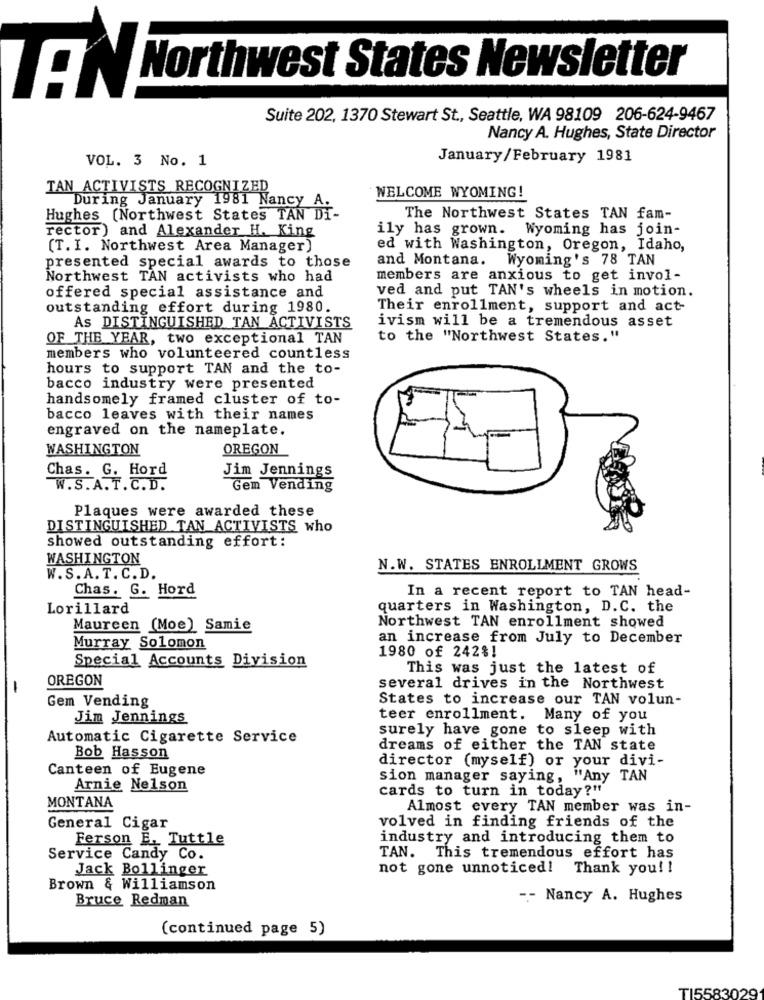
Northwest States Newsletter
TEN
Suite 202, 1370 Stewart St ., Seattle, WA 98109 206-624-9467
Nancy A. Hughes, State Director
VOL. 3 No. 1
January/February 1981
TAN ACTIVISTS RECOGNIZED
WELCOME WYOMING!
During January 1981 Nancy A.
Hughes (Northwest States TAN DI
The Northwest States TAN fam-
rector) and Alexander H. King
ily has grown. Wyoming has join-
(T. I. Northwest Area Manager)
ed with Washington, Oregon, Idaho,
presented special awards to those
and Montana. Wyoming's 78 TAN
Northwest TAN activists who had
members are anxious to get invol-
ved and put TAN's wheels in motion.
offered special assistance and
outstanding effort during 1980.
Their enrollment, support and act-
As DISTINGUISHED TAN ACTIVISTS
ivism will be a tremendous asset
OF THE YEAR, two exceptional TAN
to the "Northwest States."
members who volunteered countless
hours to support TAN and the to-
bacco industry were presented
handsomely framed cluster of to-
bacco leaves with their names
engraved on the nameplate.
WASHINGTON
OREGON
Chas. G. Hord
Jim Jennings
W.S.A.T.C.D.
Gem Vending
Plaques were awarded these
DISTINGUISHED TAN ACTIVISTS who
showed outstanding effort:
WASHINGTON
N.W. STATES ENROLLMENT GROWS
W. S. A. T. C. D.
Chas. G. Hord
In a recent report to TAN head-
Lorillard
quarters in Washington, D.C. the
Maureen (Moe) Samie
Northwest TAN enrollment showed
an increase from July to December
Murray Solomon
Special Accounts Division
1980 of 242%!
This was just the latest of
OREGON
-
several drives in the Northwest
States to increase our TAN volun-
Gem Vending
Jim Jennings
teer enrollment. Many of you
surely have gone to sleep with
Automatic Cigarette Service
dreams of either the TAN state
Bob Hasson
director (myself) or your divi-
Canteen of Eugene
sion manager saying, "Any TAN
Arnie Nelson
cards to turn in today?"
MONTANA
Almost every TAN member was in-
General Cigar
volved in finding friends of the
Ferson E. Tuttle
industry and introducing them to
Service Candy Co.
TAN. This tremendous effort has
Jack Bollinger
not gone unnoticed! Thank you! !
Brown & Williamson
Bruce Redman
-- Nancy A. Hughes
(continued page 5)
TI558